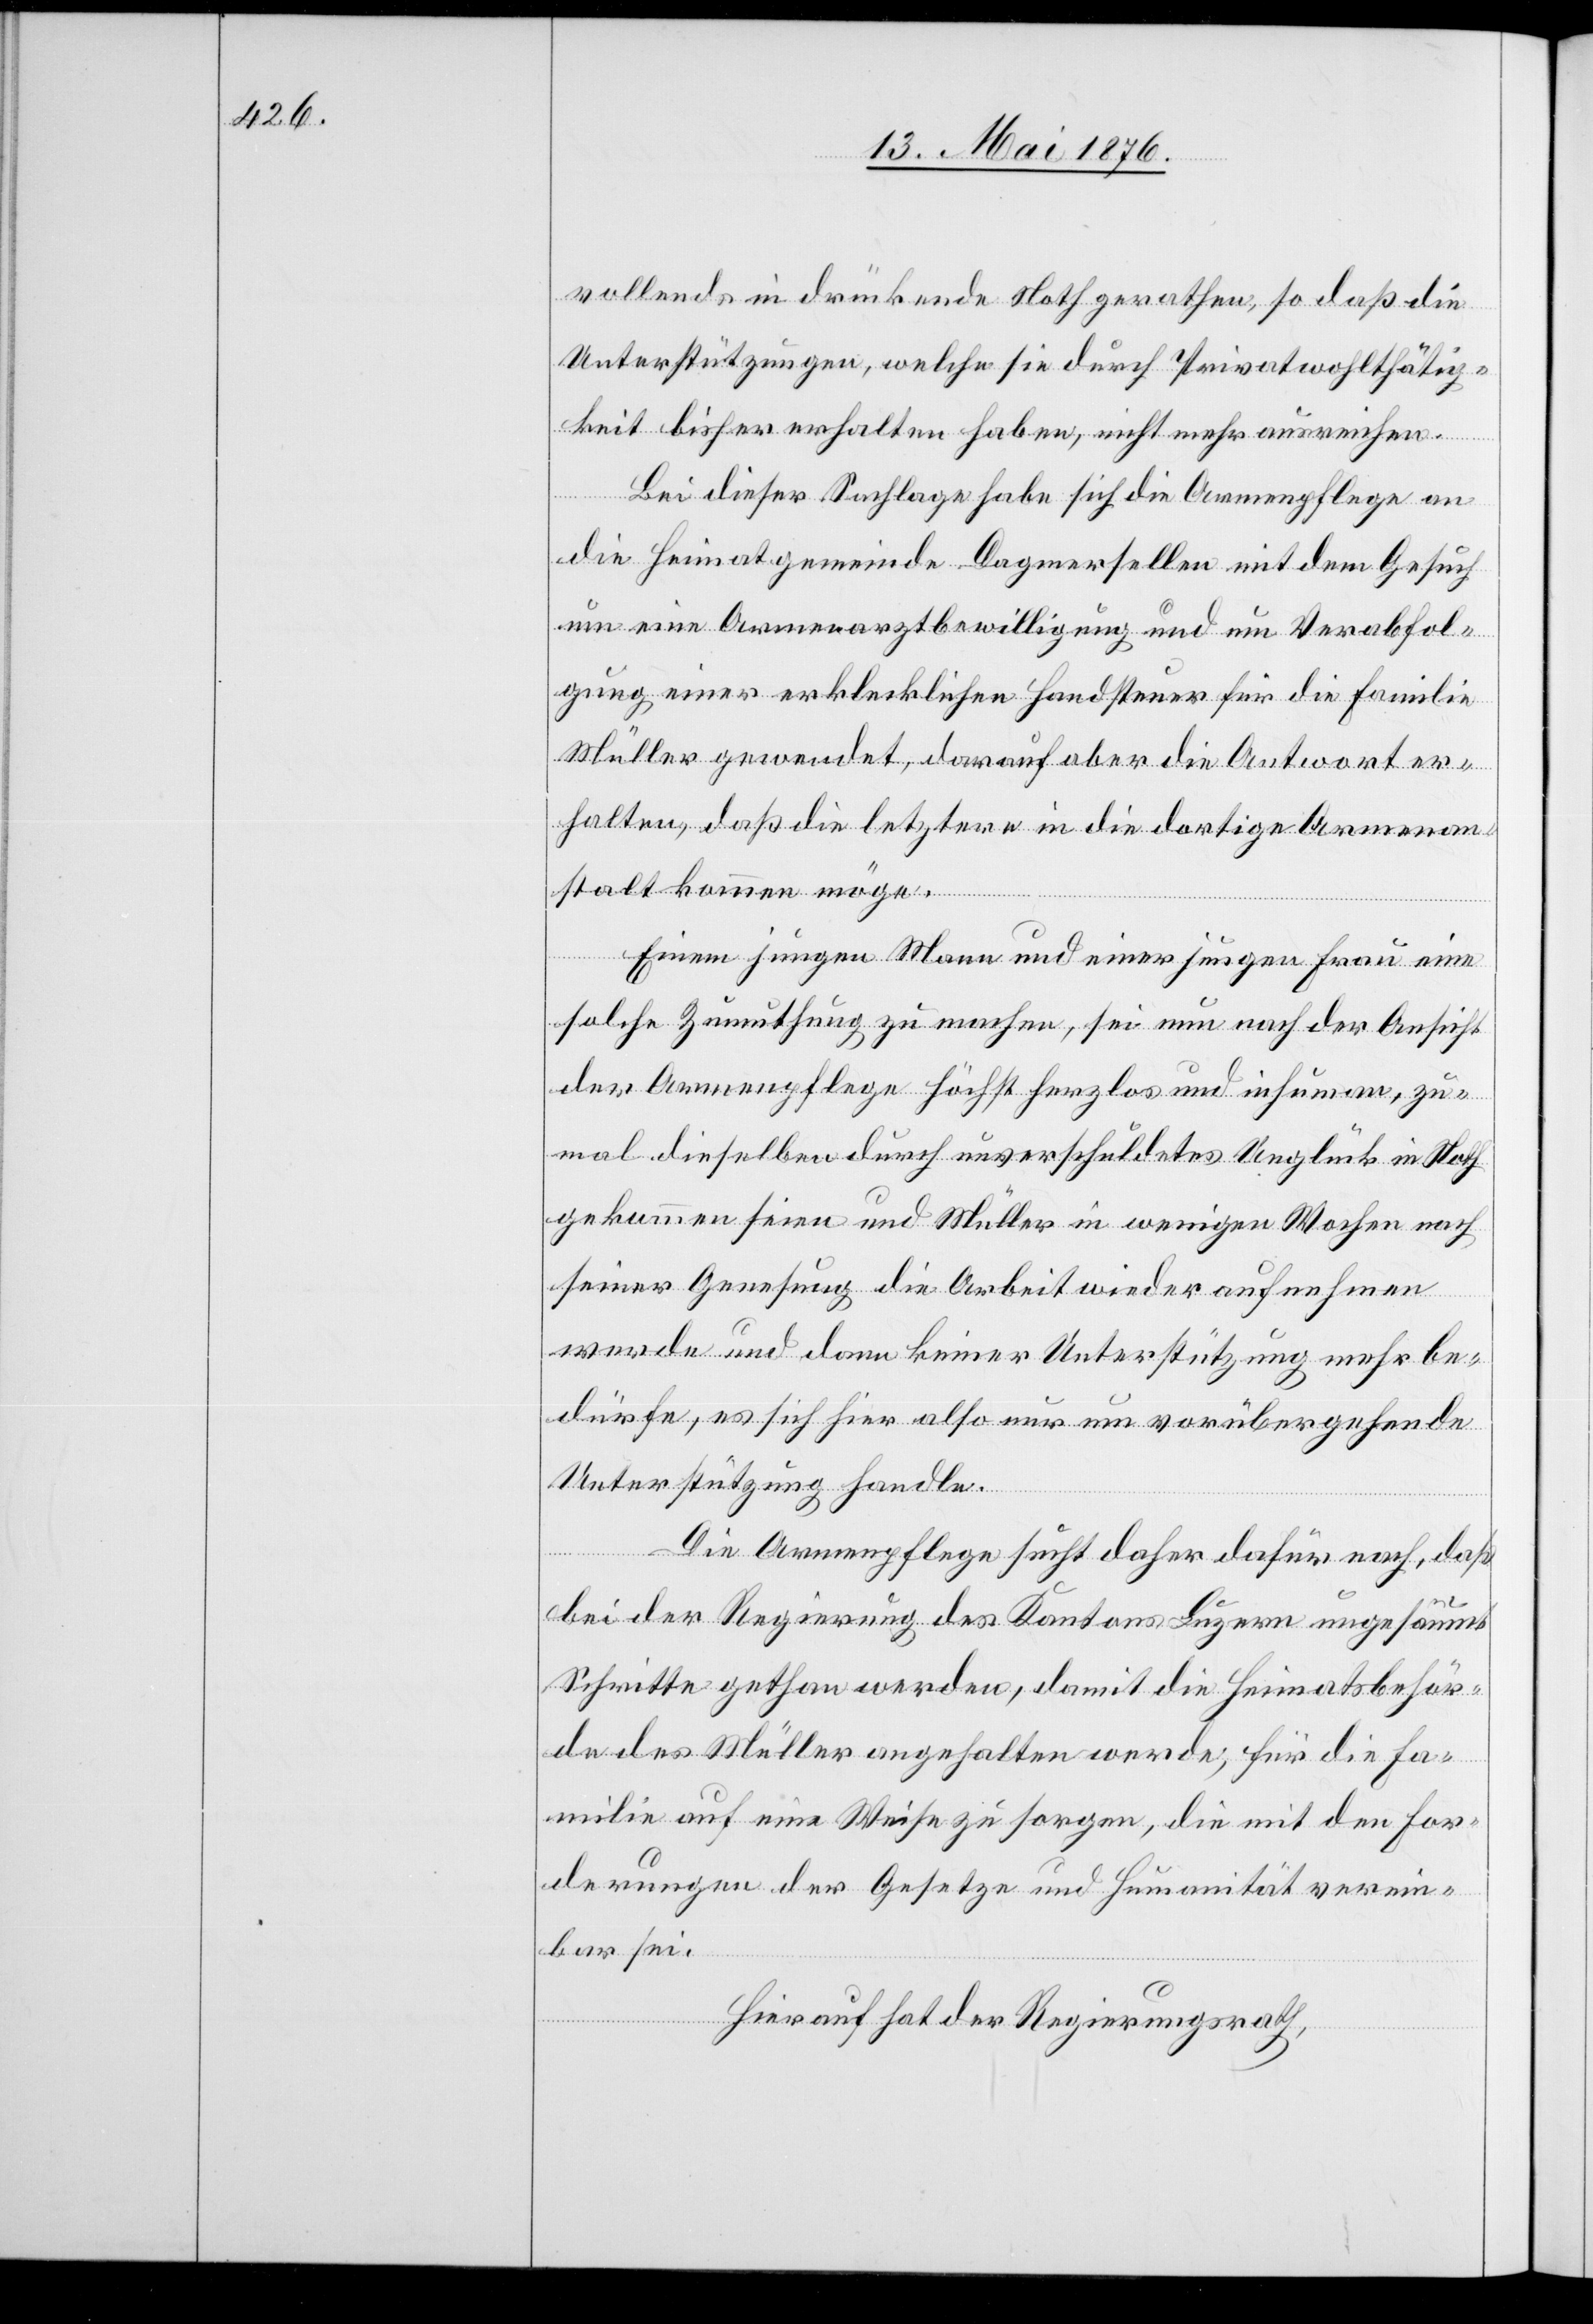
vollends in drückende Noth gerathen, so das die
Unterstützungen, welche sie durch Privatwohlthätig¬
keit bisher erhalten haben, nicht mehr ausreichen.
Bei dieser Sachlage habe sich die Armenpflege an
die Heimatgemeinde Dagmersellen mit dem Gesuch
um eine Armenarztbewilligung und um Verabfol¬
gung einer erklecklichen Handsteuer für die Familie
Müller gewendet, darauf aber die Antwort er¬
halten, das die letztere in die dortige Armenan¬
stalt kommen möge.
Einem jungen Mann und einer jungen Frau eine
solche Zumuthung zu machen, sei nun nach der Ansicht
der Armenpflege höchst herzlos und inhuman, zu¬
mal dieselben durch unverschuldetes Unglück in Noth
gekommen seien und Müller in wenigen Wochen nach
seiner Genesung die Arbeit wieder aufnehmen
werde und dann keiner Unterstützung mehr be¬
dürfe, es sich hier also nur um vorübergehende
Unterstützung handle.
Die Armenpflege sucht daher dafür nach, daß
bei der Regierung des Kantons Luzern ungesäumt
Schritte gethan werden, damit die Heimatsbehör¬
de des Müller angehalten werde, für die Fa¬
milie auf eine Weise zu sorgen, die mit den For¬
derungen der Gesetze und Humanität verein¬
bar sei.
Hierauf hat der Regierungsrath,